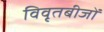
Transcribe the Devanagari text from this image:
विवृतबीजों